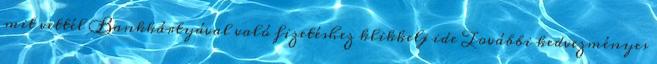
mit vettél Bankkártyával való fizetéshez klikkelj ide További kedvezményes